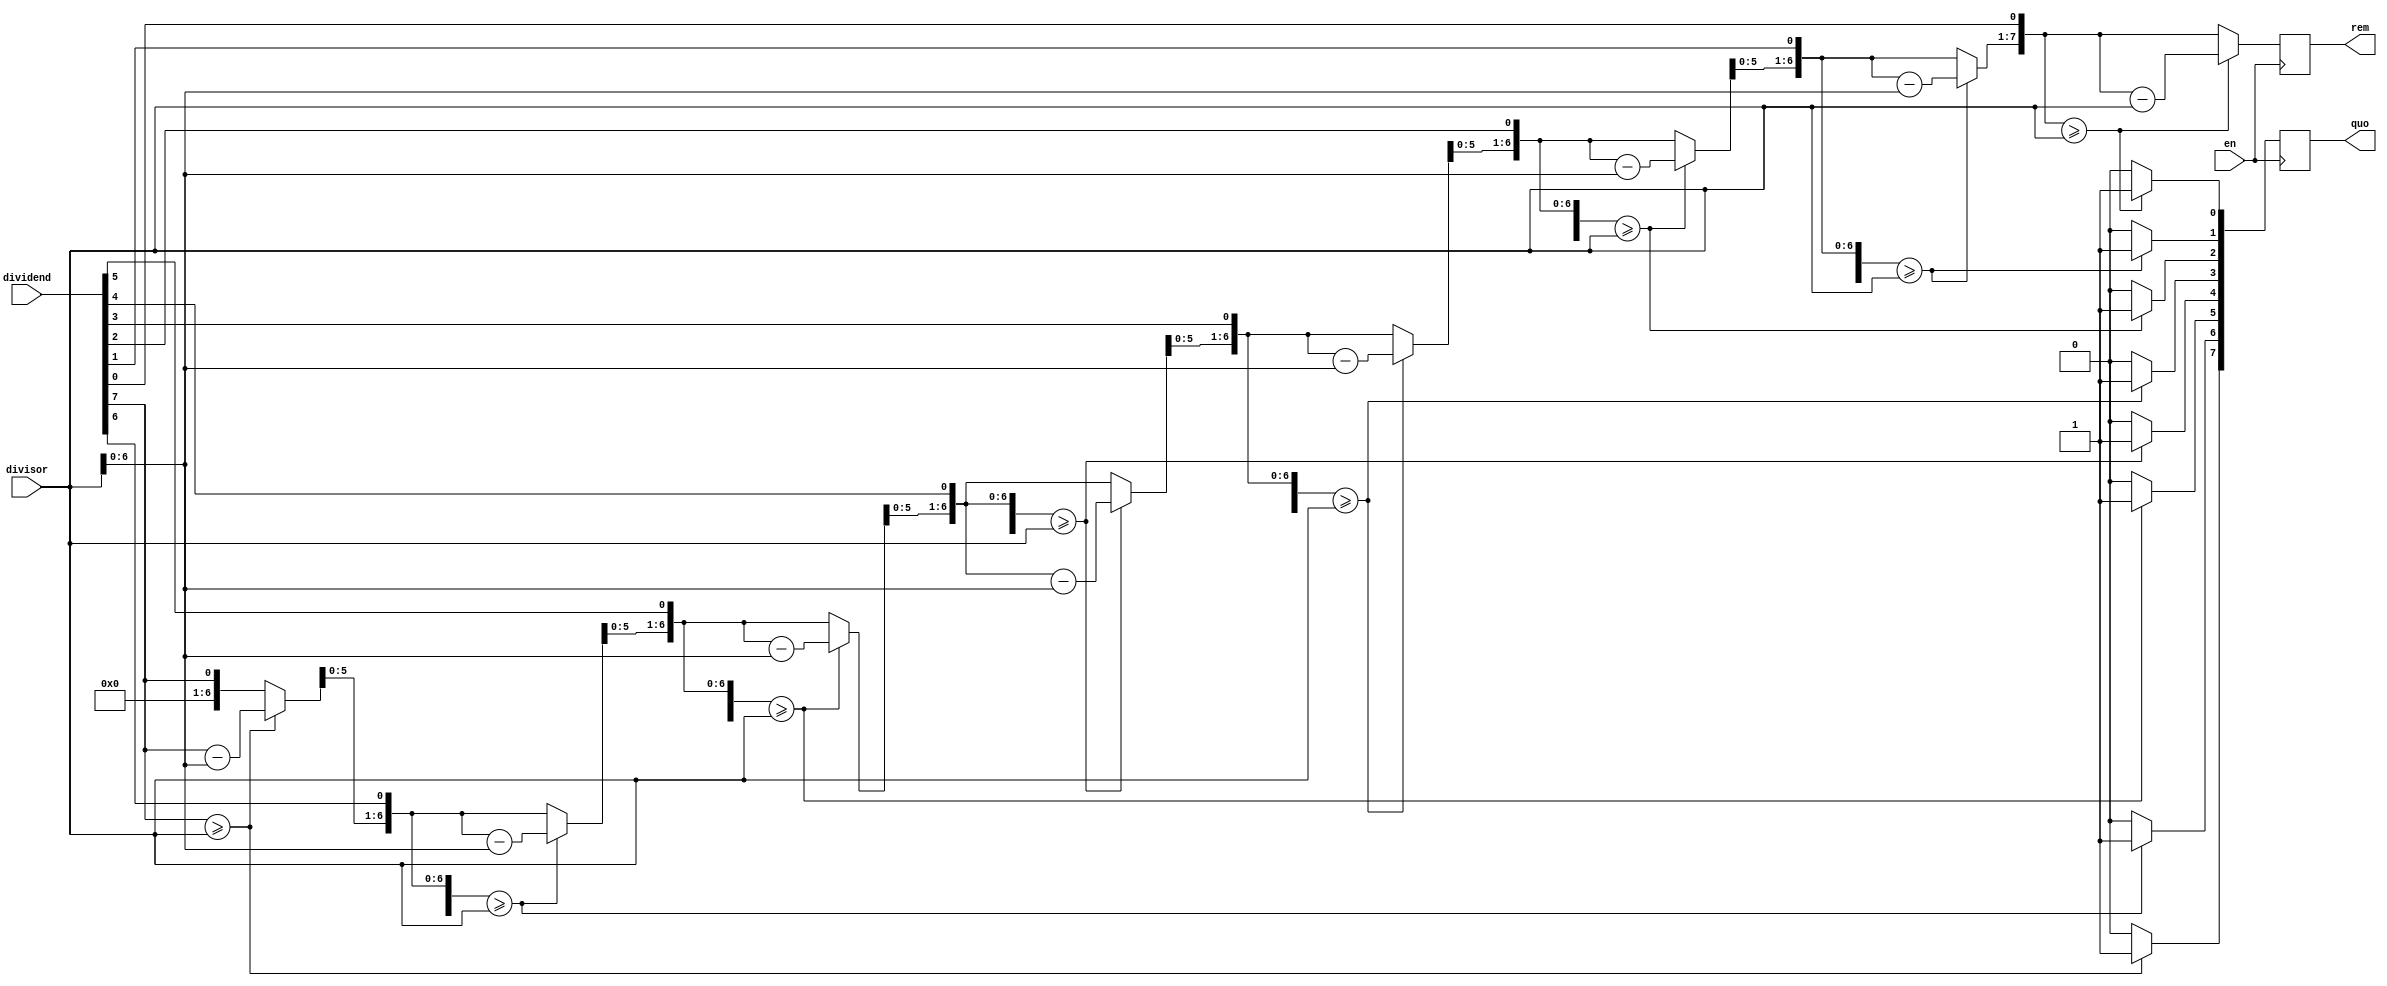
`timescale 1ns / 1ps
//////////////////////////////////////////////////////////////////////////////////
// Company: 
// Engineer: 
// 
// Design Name: 
// Module Name: divide
// Project Name: 
// Target Devices: 
// Tool Versions: 
// Description: 
// 
// Dependencies: 
// 
// Revision:
// Revision 0.01 - File Created
// Additional Comments:
// 
//////////////////////////////////////////////////////////////////////////////////


module divide(dividend, divisor, quo, rem, en);
input [7:0] dividend, divisor;
input en;
reg [7:0] div;
reg [15:0] y;
output reg [7:0] quo, rem;
integer i;

always@(posedge en)
begin
quo = 8'h00;
rem = 8'h00;
div = dividend;

for (i = 0; i<8; i = i+1)
    begin
    quo = quo << 1;
    y = {rem, div};
    y = y << 1;
    rem = y[15:8];
    div = y[7:0];
    if (rem >= divisor)
        begin
        rem  = rem - divisor;
        quo[0] = 1;
        end
    end
end
endmodule